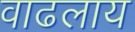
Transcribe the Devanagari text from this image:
वाढलाय